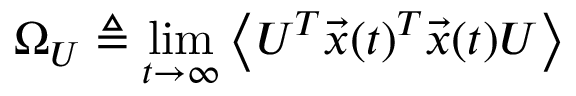
\Omega _ { U } \triangleq \operatorname* { l i m } _ { t \rightarrow \infty } \left\langle U ^ { T } \vec { x } ( t ) ^ { T } \vec { x } ( t ) U \right\rangle